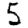
Digit: 5